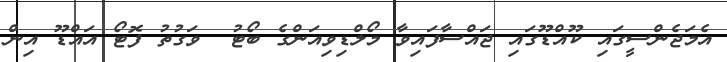
އެމަޖެންސީގައި ކޫއްޑޫގައި ޖައްސާފައިވާ މޯލްޑިވިއަންގެ ބޯޓު  ވަގުތު ފޮޓޯ އައްޑޫ އިން